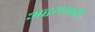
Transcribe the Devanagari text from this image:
अद्वयवाद्वी